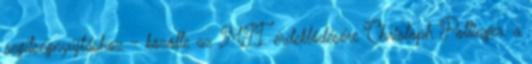
segítségnyújtáshoz - közölte az MTI érdeklődésére Christoph Pollinger, a